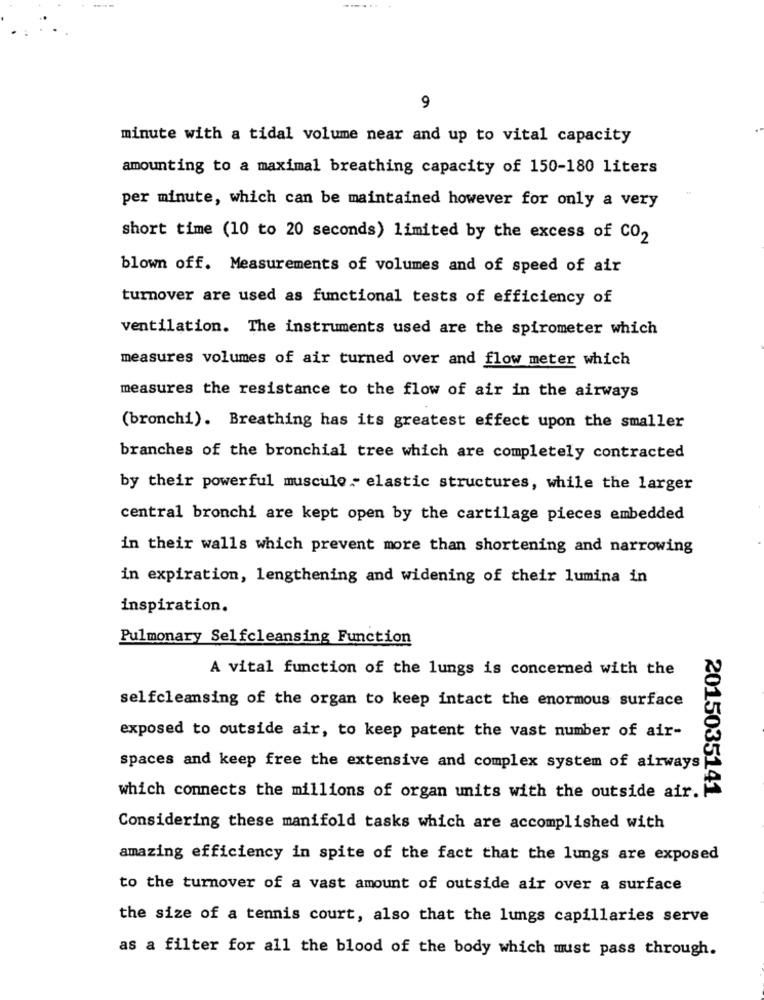
9
minute with a tidal volume near and up to vital capacity
amounting to a maximal breathing capacity of 150-180 liters
per minute, which can be maintained however for only a very
short time (10 to 20 seconds) limited by the excess of CO2
blown off. Measurements of volumes and of speed of air
turnover are used as functional tests of efficiency of
ventilation. The instruments used are the spirometer which
measures volumes of air turned over and flow meter which
measures the resistance to the flow of air in the airways
(bronchi). Breathing has its greatest effect upon the smaller
branches of the bronchial tree which are completely contracted
by their powerful musculo - elastic structures, while the larger
central bronchi are kept open by the cartilage pieces embedded
in their walls which prevent more than shortening and narrowing
in expiration, lengthening and widening of their lumina in
inspiration.
Pulmonary Selfcleansing Function
A vital function of the lungs is concerned with the
selfcleansing of the organ to keep intact the enormous surface
exposed to outside air, to keep patent the vast number of air-
spaces and keep free the extensive and complex system of airways
2015035141
which connects the millions of organ units with the outside air.
Considering these manifold tasks which are accomplished with
amazing efficiency in spite of the fact that the lungs are exposed
to the turnover of a vast amount of outside air over a surface
the size of a tennis court, also that the lungs capillaries serve
as a filter for all the blood of the body which must pass through.